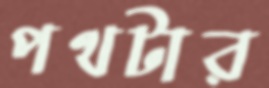
পথটার